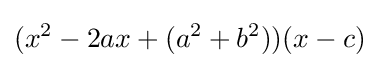
(x^{2}-2ax+(a^{2}+b^{2}))(x-c)